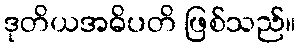
ဒုတိယအဓိပတိ ဖြစ်သည်။